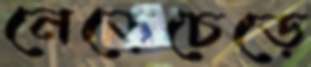
নেড়েচেড়ে